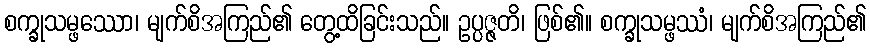
စက္ခုသမ္ဖဿော၊ မျက်စိအကြည်၏ တွေ့ထိခြင်းသည်။ ဥပ္ပဇ္ဇတိ၊ ဖြစ်၏။ စက္ခုသမ္ဖဿံ၊ မျက်စိအကြည်၏